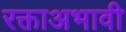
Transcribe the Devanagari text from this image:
रक्ताअभावी